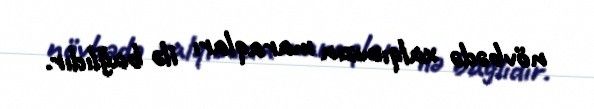
növbədə xalqımızın maraqları ilə bağlıdır.